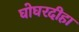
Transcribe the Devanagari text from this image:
घोघरदीहा